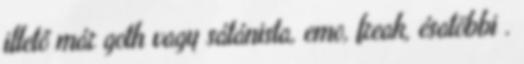
illető már goth vagy sátánista, emo, freak, ésatöbbi .